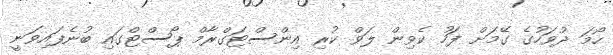
ހޯމަ ދުވަހުގެ ގޭމަށް ފަހު ކެވިން ލަވް ކުރި އިންސްޓަގްރާމް ޕޯސްޓްގައި ބުނެފައިވަނީ